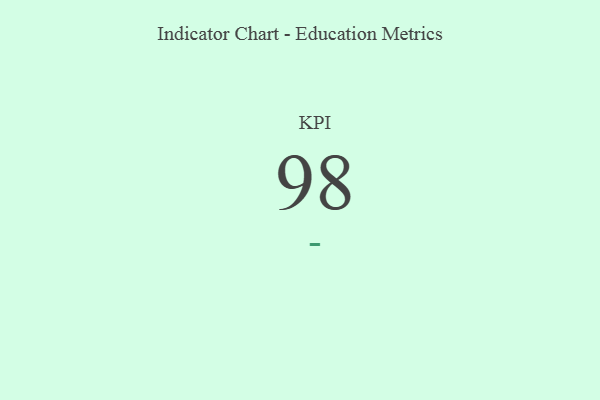
{"axis": {"x": "KPI", "y": "Value"}, "legend": [""], "data": [{"x": "KPI", "y": 98, "type": ""}]}